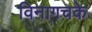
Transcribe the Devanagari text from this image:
विनागचके